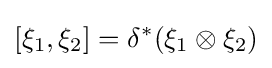
[\xi _{1},\xi _{2}]=\delta ^{*}(\xi _{1}\otimes \xi _{2})